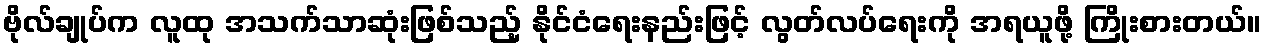
ဗိုလ်ချုပ်က လူထု အသက်သာဆုံးဖြစ်သည့် နိုင်ငံရေးနည်းဖြင့် လွတ်လပ်ရေးကို အရယူဖို့ ကြိုးစားတယ်။